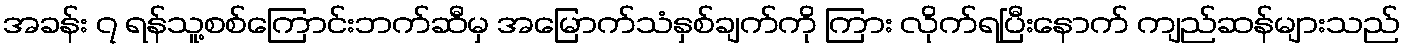
အခန်း ၇ ရန်သူ့စစ်ကြောင်းဘက်ဆီမှ အမြောက်သံနှစ်ချက်ကို ကြား လိုက်ရပြီးနောက် ကျည်ဆန်များသည်